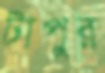
টাপুর